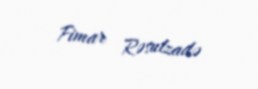
Fimar Rəsulzadə